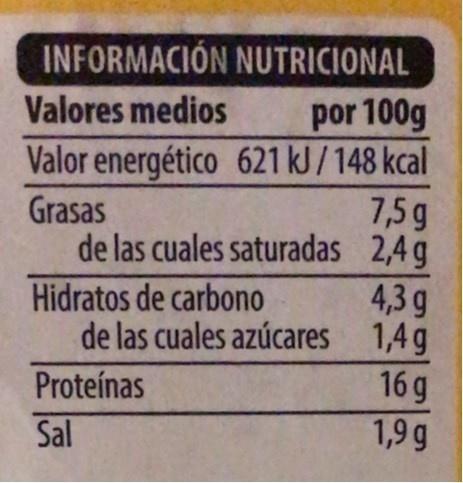
INFORMACIÓN NUTRICIONAL
por 100g Valor energético 621 kJ /148 kcal 7,5g de las cuales saturadas 2,4 g
Valores medios
Grasas
Hidratos de carbono
4,3 g de las cuales azúcares 1,4g 16 g
Proteínas
Sal
1,9 g